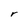
Character: r